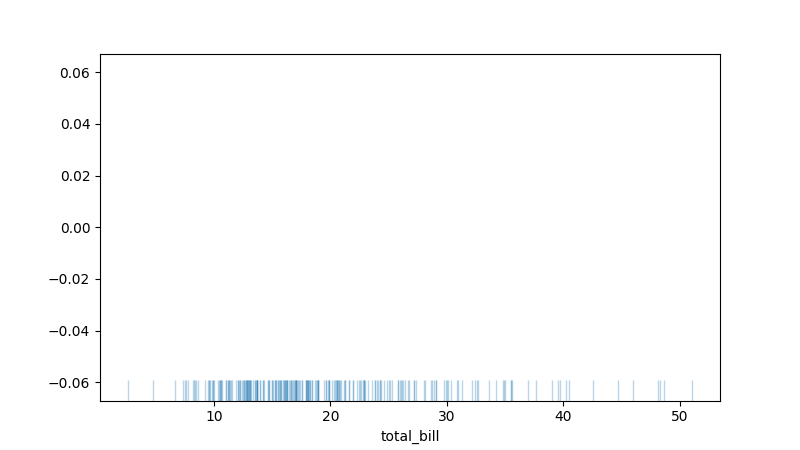
python, seaborn, rugplot, height=0.06, axis='x', alpha=0.3